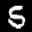
Label: 5